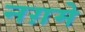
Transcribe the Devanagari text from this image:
नग़मे